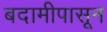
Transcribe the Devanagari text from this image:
बदामीपासून